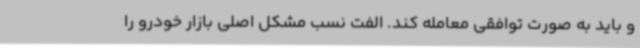
و باید به صورت توافقی معامله کند. الفت نسب مشکل اصلی بازار خودرو را